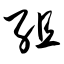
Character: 组